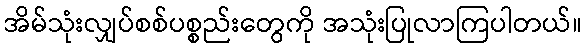
အိမ်သုံးလျှပ်စစ်ပစ္စည်းတွေကို အသုံးပြုလာကြပါတယ်။